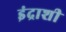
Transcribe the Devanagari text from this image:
इंद्राशी